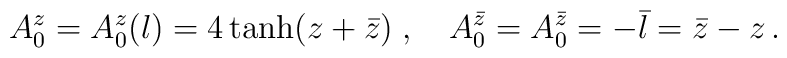
A_0^z=A^z_0(l)=4\tanh(z+\bar{z})\;,\quad A_0^{\bar{z}}=A_0^{\bar{z}}=-\bar{l}=\bar{z}-z\,.